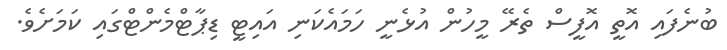
ބުނެފައި އޮތީ އޮފީސް ތެރޭ މީހުން އުޅެނީ ހަމައެކަނި އައިޓީ ޑިޕާޓްމެންޓްގައި ކަމަށެވެ.